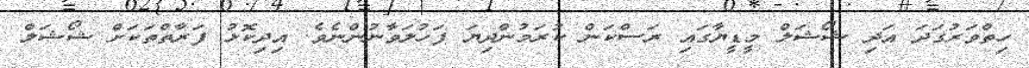
ހިތްވަރުގަދަ އަދި ޝޯޝަލް މީޑީޔާގައި ރަސްކަން ކުރަމުންދިޔަ ފަހުލަވާނުންނެވެ. އިދިކޮޅު ފަރާތްތަކަށް ޝޯޝަލް